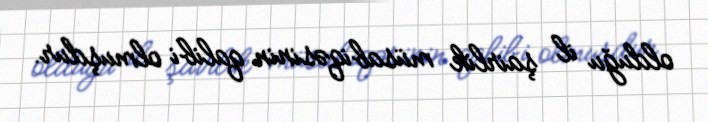
olduğu il şairlik müsabiqəsinin qalibi olmuşdur.